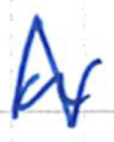
Text: a
Cross-out: zig-zag
Writing tool: ballpoint